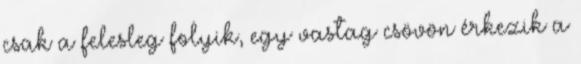
csak a felesleg folyik, egy vastag csövön érkezik a